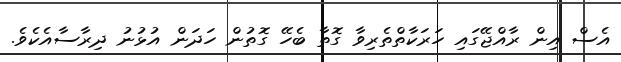
އެސް އިން ރާއްޖޭގައި ހަރަކާތްތެރިވާ ގޮތާ ބެހޭ ގޮތުން ހަދަން އުޅުނު ދިރާސާއެކެވެ.